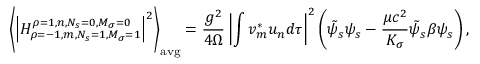
\left\langle \left| H _ { \rho = - 1 , m , N _ { s } = 1 , M _ { \sigma } = 1 } ^ { \rho = 1 , n , N _ { s } = 0 , M _ { \sigma } = 0 } \right| ^ { 2 } \right\rangle _ { \mathrm { a v g } } = { \frac { g ^ { 2 } } { 4 \Omega } } \left| \int v _ { m } ^ { * } u _ { n } d \tau \right| ^ { 2 } \left( { \tilde { \psi } } _ { s } \psi _ { s } - { \frac { \mu c ^ { 2 } } { K _ { \sigma } } } { \tilde { \psi } } _ { s } \beta \psi _ { s } \right) ,